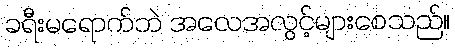
ခရီးမရောက်ဘဲ အလေအလွင့်များစေသည်။